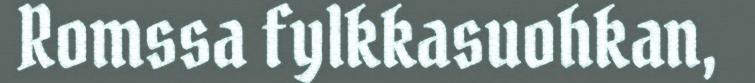
Romssa fylkkasuohkan,